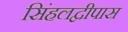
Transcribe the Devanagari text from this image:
सिंहलद्वीपास